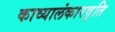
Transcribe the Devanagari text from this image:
काव्यालंकारवृति